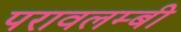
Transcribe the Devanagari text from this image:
परावलम्बी